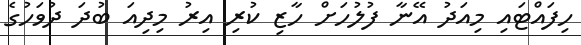
ހިފައްޓައި މިއަދު އޭނާ ފުލުހަށް ހާޒި ކުރި އިރު މިދިއަ ބުދަ ދުވަހުގެ